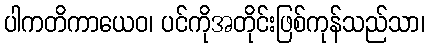
ပါကတိကာယေဝ၊ ပင်ကိုအတိုင်းဖြစ်ကုန်သည်သာ၊